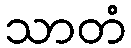
သာတံ